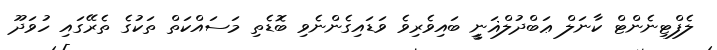
ލެފްޓިނެންޓް ކާނަލް ޢަބްދުލްޣަނީީ ބައިވެރިވެ ވަޑައިގެންނެވި ބޮޑެތި މަސައްކަތް ތަކުގެ ތެރޭގައި ހުވަދޫ